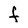
Character: F